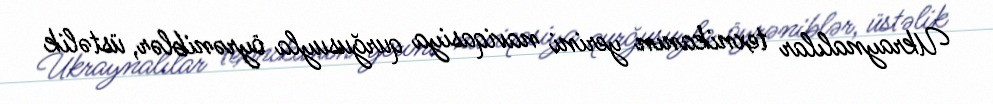
Ukraynalılar texnikanın yerini naviqasiya qurğusuyla öyrəniblər, üstəlik